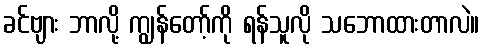
ခင်ဗျား ဘာလို့ ကျွန်တော့်ကို ရန်သူလို သဘောထားတာလဲ။